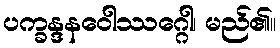
ပက္ခန္ဒနဝေါဿဂ္ဂေါ၊ မည်၏။